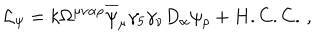
LaTeX: \mathcal { L } _ { \psi } = k \Omega ^ { \mu \nu \alpha \rho } \overline { { { \psi } } } _ { \mu } \gamma _ { 5 } \gamma _ { \nu } D _ { \alpha } \psi _ { \rho } + H . C . C . \, ,